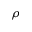
\rho